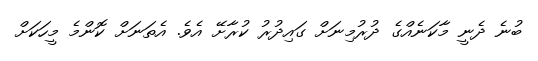
ބުނެ ދެނީ މާކަނެއްގެ ދުރުމިނަށް ގައިދުރު ކުރާށޭ އެވެ. އެތަނަށް ކޮންމެ މީހަކަށް